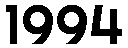
1994